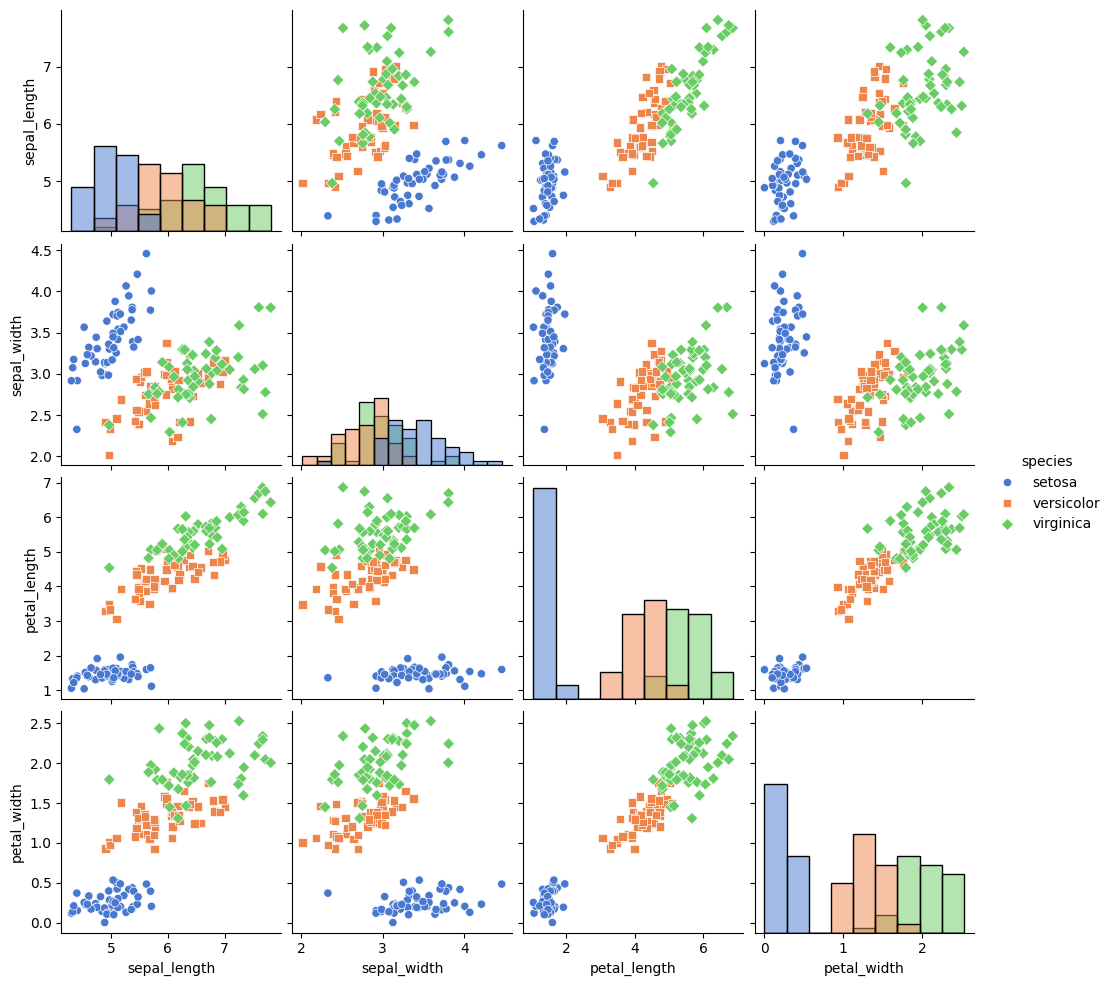
python, seaborn, pairplot, palette='muted', markers=['o', 's', 'D'], kind='scatter', diag_kind='hist'